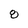
Character: 8